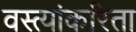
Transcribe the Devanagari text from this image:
वस्त्यांकरिता